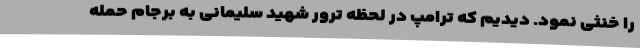
را خنثی نمود. دیدیم که ترامپ در لحظه ترور شهید سلیمانی به برجام حمله